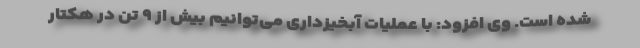
شده است. وی افزود: با عملیات آبخیزداری می‌توانیم بیش از ۹ تن در هکتار